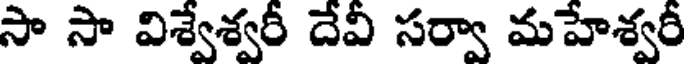
సా సా విశ్వేశ్వరీ దేవీ సర్వా మహేశ్వరీ